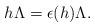
LaTeX: \begin{align*}h \Lambda = \epsilon(h)\Lambda.\end{align*}